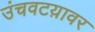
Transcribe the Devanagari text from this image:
उंचवटय़ावर